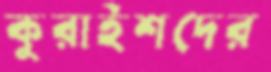
কুরাইশদের